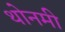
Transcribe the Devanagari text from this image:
थोनमी